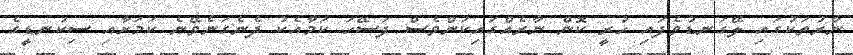
ނާރުތަކުގައި ލޭގަނޑުވެފައި ހުރީ ކޮން ނާރެއްގައިކަންވެސް ފަސޭހަ ކަމާއެކު ދެނެގަނެވޭނެ ކަމަށާއި ސިކުނޑީގެ